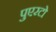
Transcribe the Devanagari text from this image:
पुएरटो